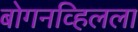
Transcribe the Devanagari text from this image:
बोगनव्हिलला